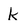
Character: k